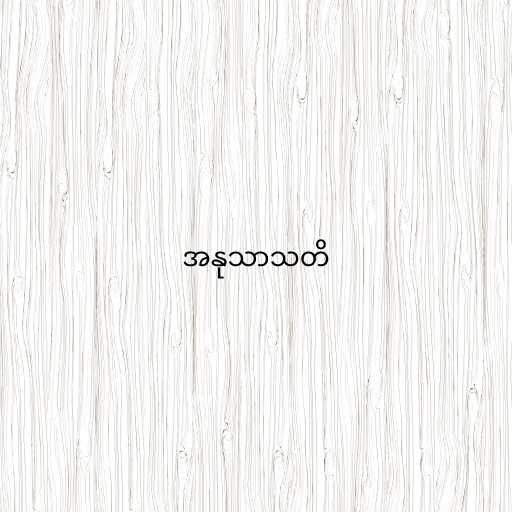
အနုသာသတိ